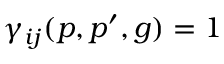
\gamma _ { i j } ( p , p ^ { \prime } , g ) = 1